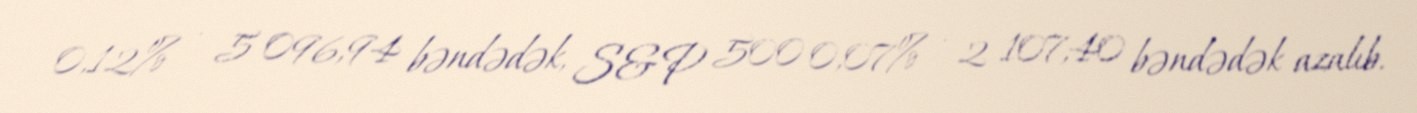
0,12% - 5 096,94 bəndədək, S&P 500 0,07% - 2 107,40 bəndədək azalıb.